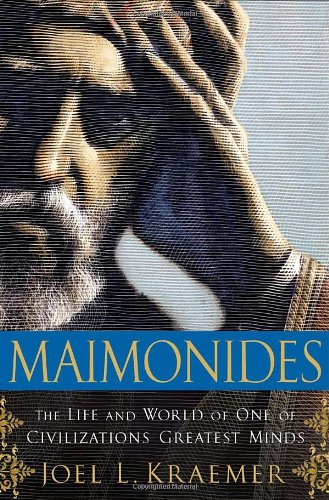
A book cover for Maimonides: The Life and World of one of Civilization's Greatest Minds; Joel L. Kraemer; Religion & Spirituality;